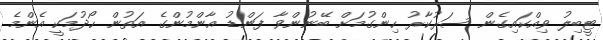
ޓީބިލު ވިއްކައިގެން ސަރުކާރު ހިންގުމަށް ބޭނުންވާ ފަންޑު އާންމުންގެ އަތުން ހޯދުމަކީ އެންމެ